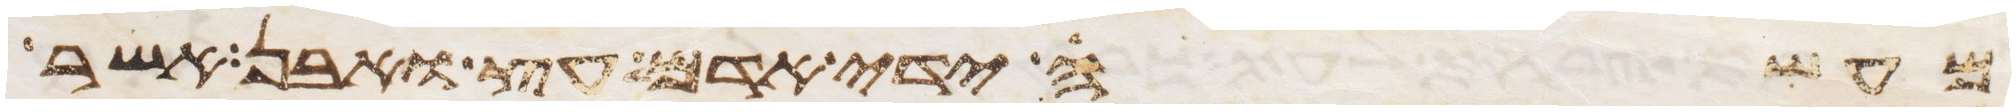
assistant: מעשה ידי אדם עץ ואבן אשר